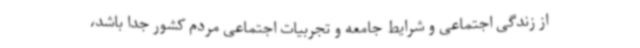
از زندگی اجتماعی و شرایط جامعه و تجربیات اجتماعی مردم کشور جدا باشد،‌